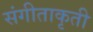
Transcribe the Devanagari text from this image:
संगीताकृती